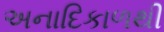
અનાદિકાળથી